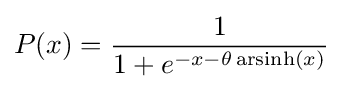
P(x)={\frac {1}{1+e^{-x-\theta \operatorname {arsinh} (x)}}}